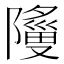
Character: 𬯞